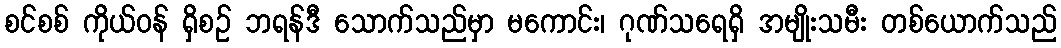
စင်စစ် ကိုယ်ဝန် ရှိစဉ် ဘရန်ဒီ သောက်သည်မှာ မကောင်း၊ ဂုဏ်သရေရှိ အမျိုးသမီး တစ်ယောက်သည်